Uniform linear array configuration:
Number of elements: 4
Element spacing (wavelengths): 0.5
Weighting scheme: hamming
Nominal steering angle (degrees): -60
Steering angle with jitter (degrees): -59.081
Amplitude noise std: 0.05
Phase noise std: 0.05

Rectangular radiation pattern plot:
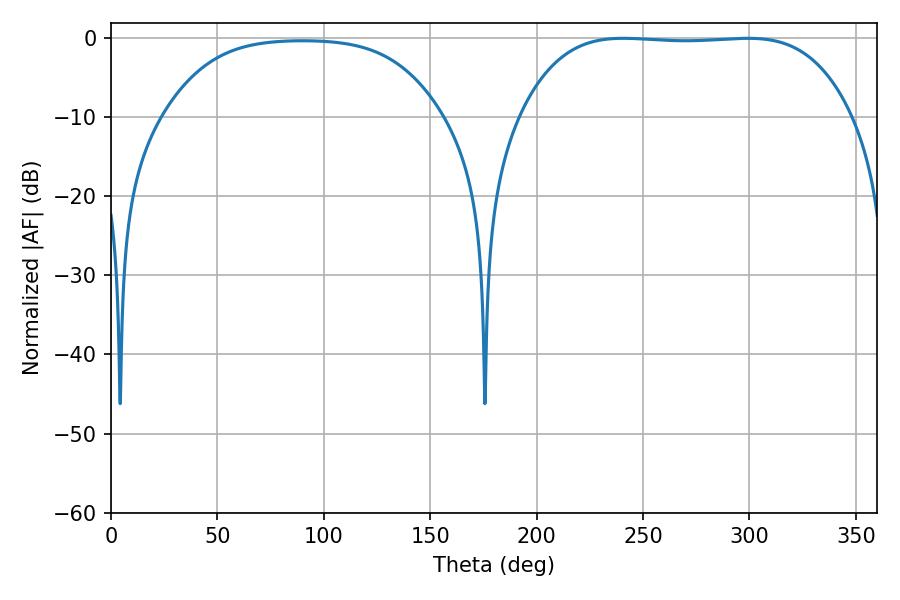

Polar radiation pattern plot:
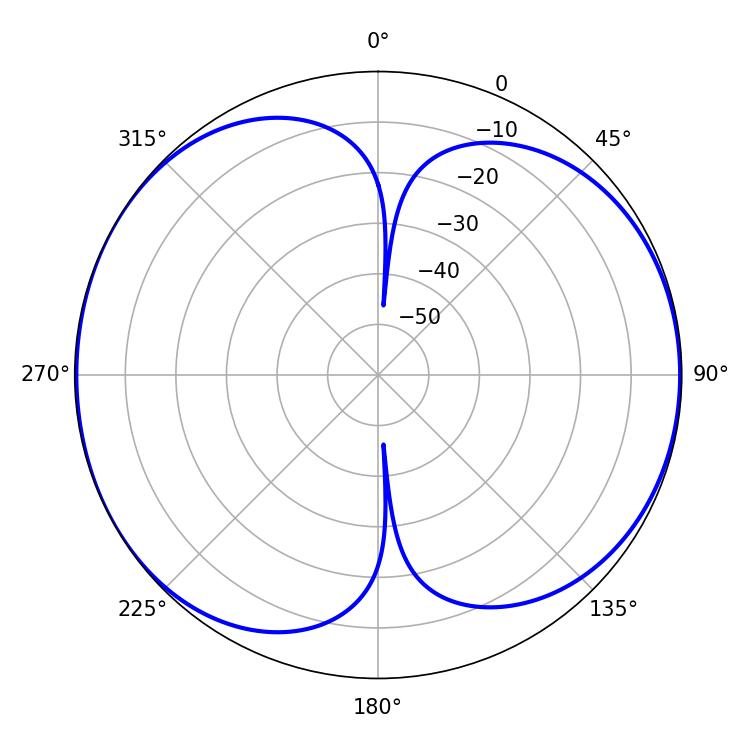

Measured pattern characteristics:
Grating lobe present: FALSE
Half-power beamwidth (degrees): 121.68
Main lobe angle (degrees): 240.84